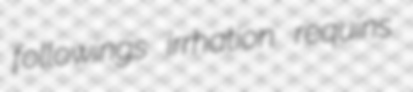
followings irrhation requins